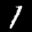
Label: 1